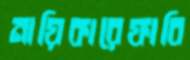
নায়িকারেফাবি